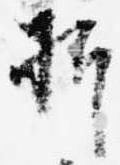
折